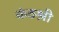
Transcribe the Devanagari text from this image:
कंठश्री